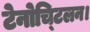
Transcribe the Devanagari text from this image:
टेनोच्टिलन।